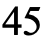
45